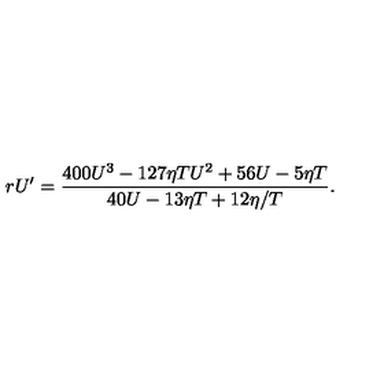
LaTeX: r U ^ { \prime } = { \frac { 4 0 0 U ^ { 3 } - 1 2 7 \eta T U ^ { 2 } + 5 6 U - 5 \eta T } { 4 0 U - 1 3 \eta T + { 1 2 \eta / T } } } .